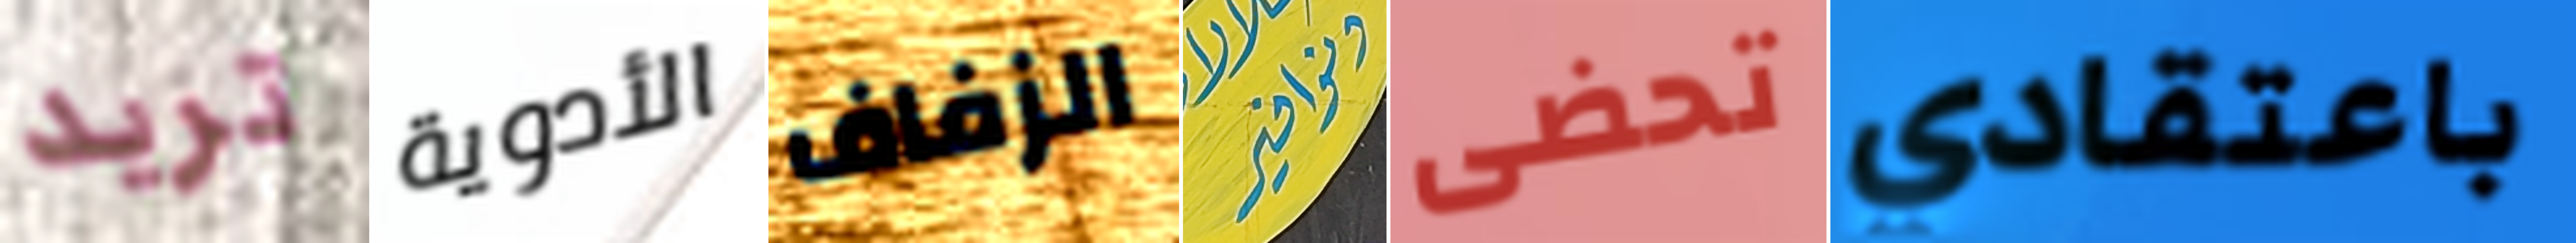
تريد الأدوية الزفاف ونوافير تحضى باعتقادي